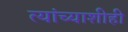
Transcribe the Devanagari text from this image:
त्यांच्याशीही